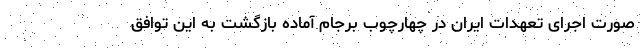
صورت اجرای تعهدات ایران در چهارچوب برجام آماده بازگشت به این توافق